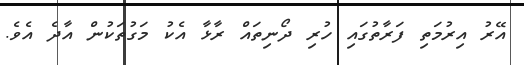
އޭރު އިރުމަތި ފަރާތުގައި ހުރި ދޯނިތައް ރާޅާ އެކު މަގުތަކުން އާދެ އެވެ.